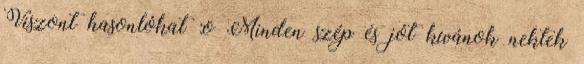
Viszont hasonlókat :o Minden szép és jót kívánok nektek